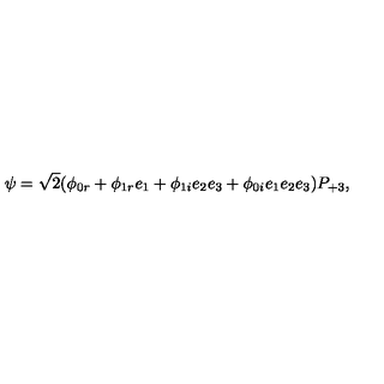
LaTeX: \psi = \sqrt { 2 } ( \phi _ { 0 r } + \phi _ { 1 r } e _ { 1 } + \phi _ { 1 i } e _ { 2 } e _ { 3 } + \phi _ { 0 i } e _ { 1 } e _ { 2 } e _ { 3 } ) P _ { + 3 } ,